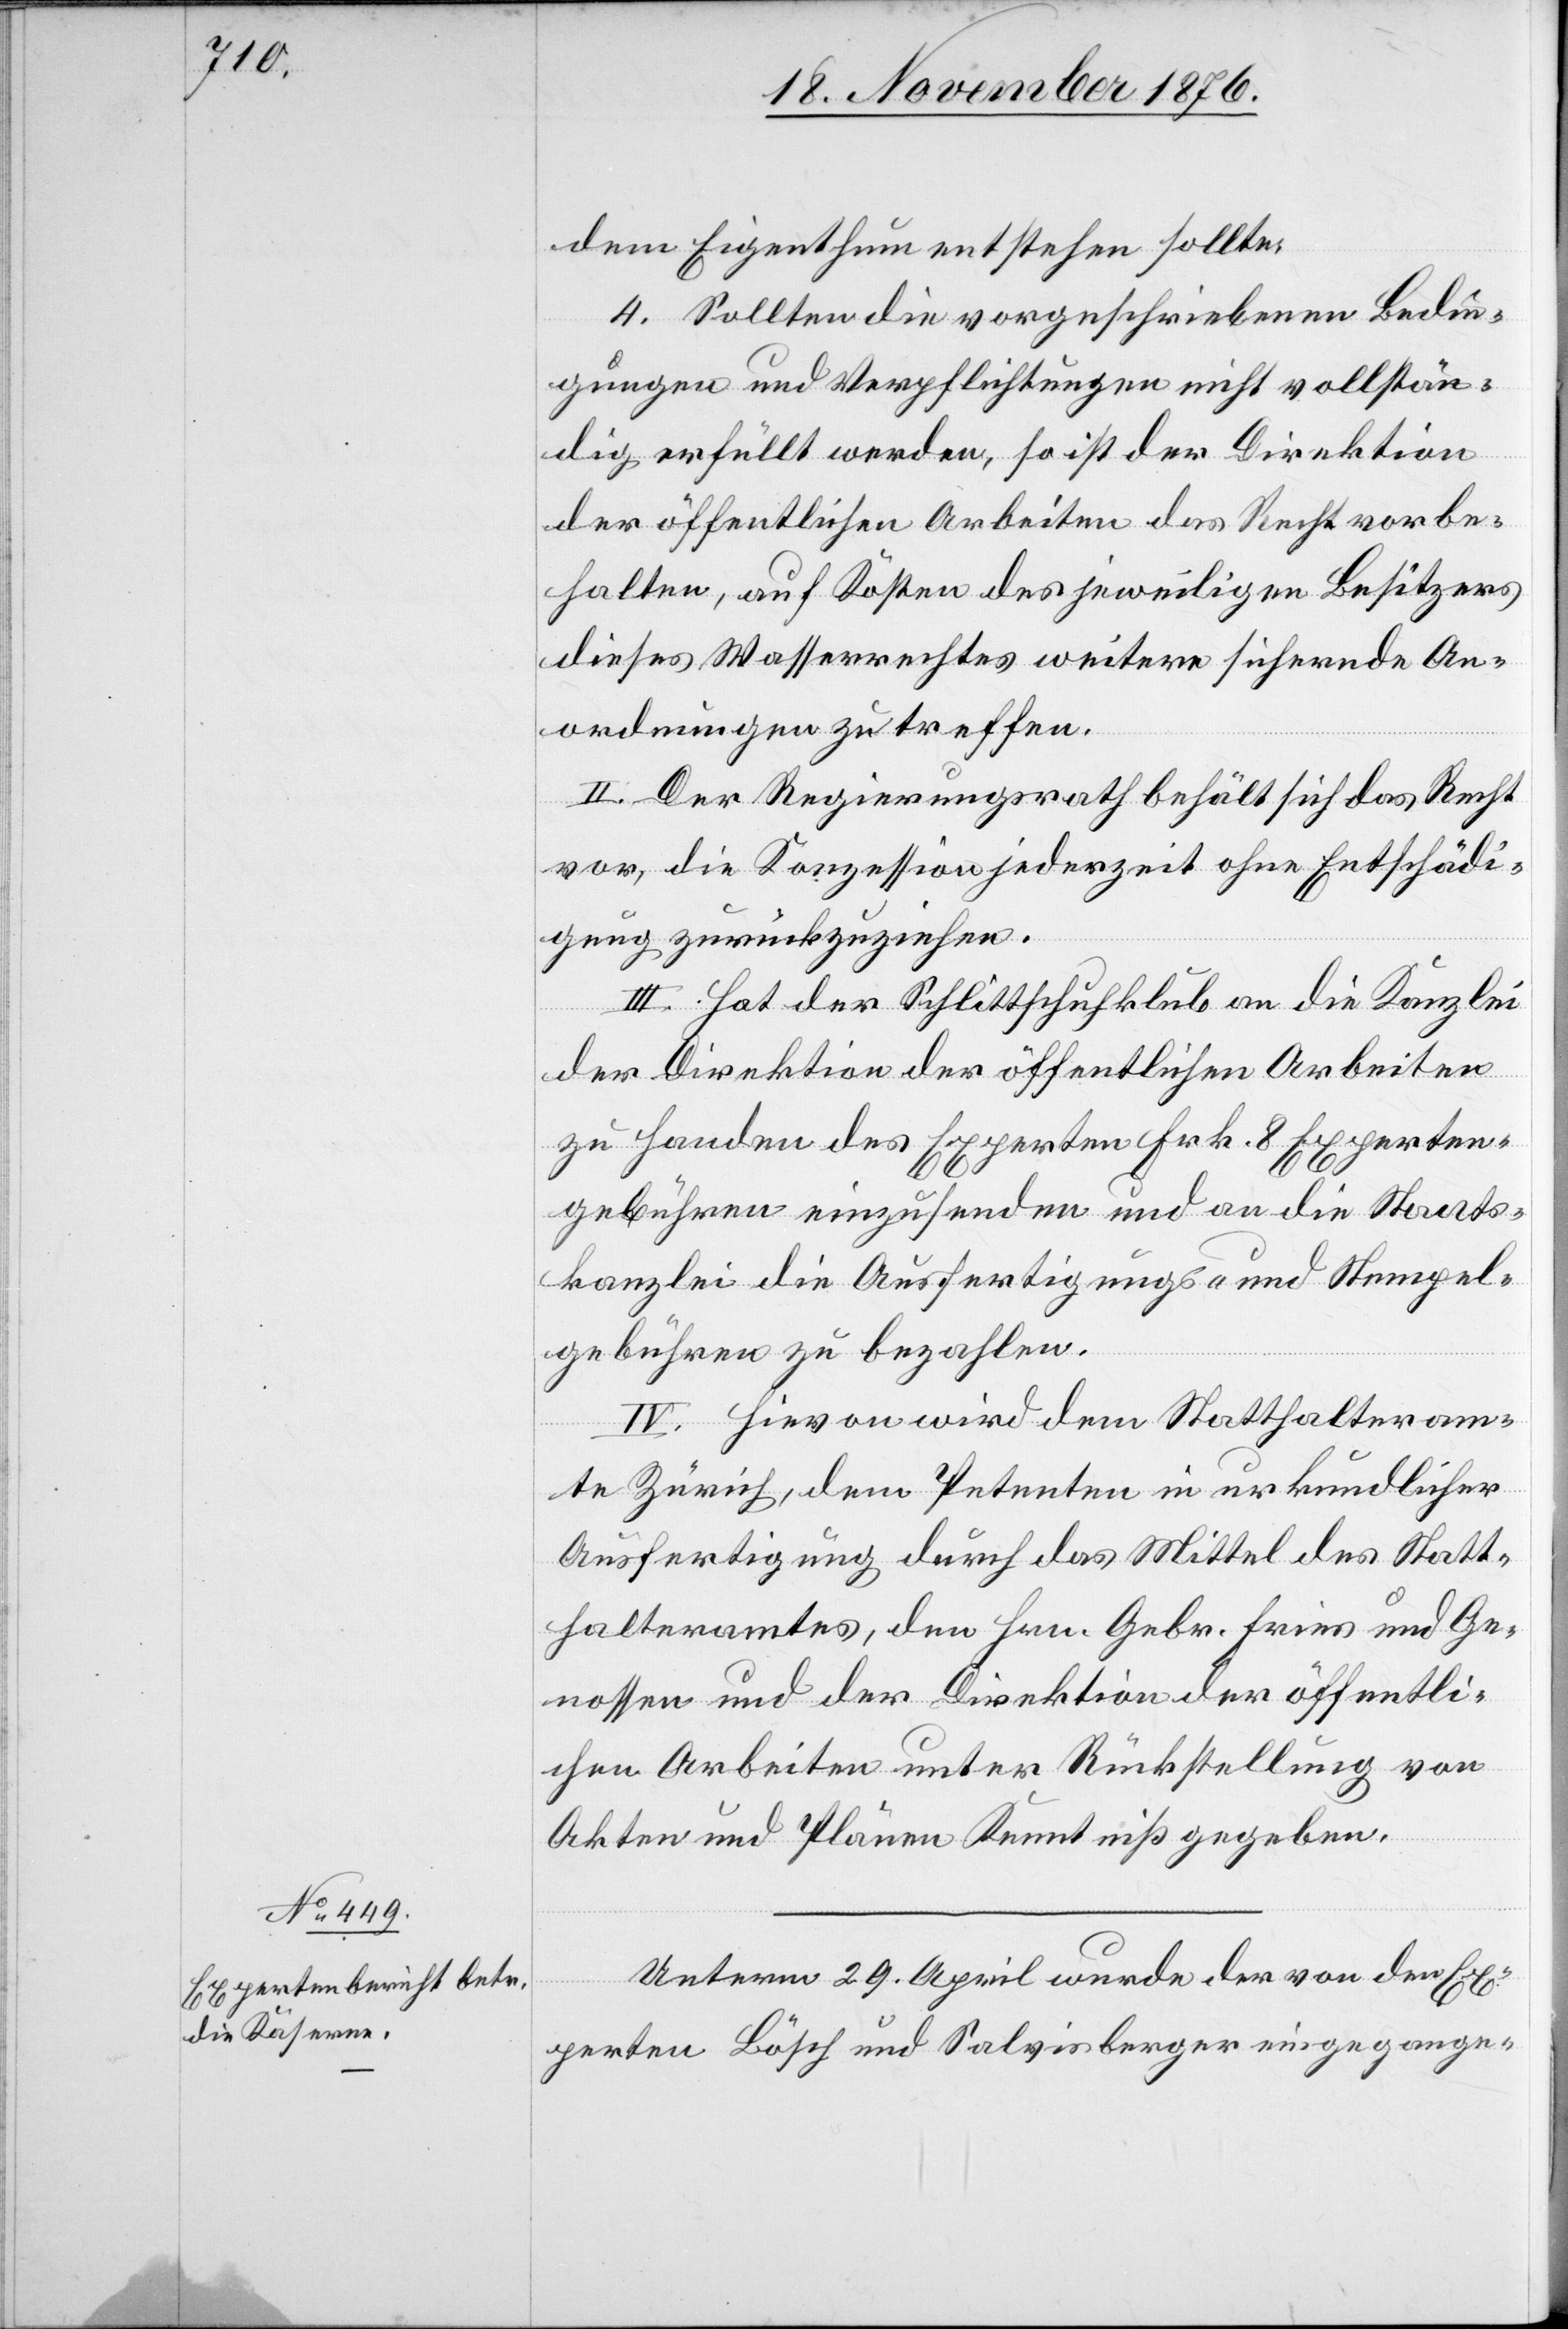
dem Eigenthum entstehen sollte.
4. Sollten die vorgeschriebenen Bedin¬
gungen und Verpflichtungen nicht vollstän¬
dig erfüllt werden, so ist der Direktion
der öffentlichen Arbeiten das Recht vorbe¬
halten, auf Kosten des jeweiligen Besitzers
dieses Wasserrechtes weitere sichernde An¬
ordnungen zu treffen.
II. Der Regierungsrath behält sich das Recht
vor, die Konzession jederzeit und ohne Entschädi¬
gung zurückzuziehen.
III. Hat der Schlittschuhklub an die Kanzlei
der Direktion der öffentlichen Arbeiten
zu Handen des Experten Frk. 8 Experten¬
gebühren einzusenden und an die Staats¬
kanzlei die Ausfertigungs- und Stempel¬
gebühren zu bezahlen.
IV. Hievon wird dem Statthalteram¬
te Zürich, dem Petenten in urkundlicher
Ausfertigung durch das Mittel des Statt¬
halteramtes, den Hrn. Gebr. Fries und Ge¬
nossen und der Direktion der öffentli¬
chen Arbeiten unter Rückstellung von
Akten und Plänen Kenntniß gegeben.
Unterm 29. April wurde der von den Ex¬
perten Bösch und Salvisberger eingegange-